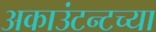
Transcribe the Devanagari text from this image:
अकाउंटन्टच्या